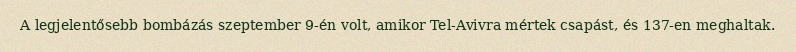
A legjelentősebb bombázás szeptember 9-én volt, amikor Tel-Avivra mértek csapást, és 137-en meghaltak.